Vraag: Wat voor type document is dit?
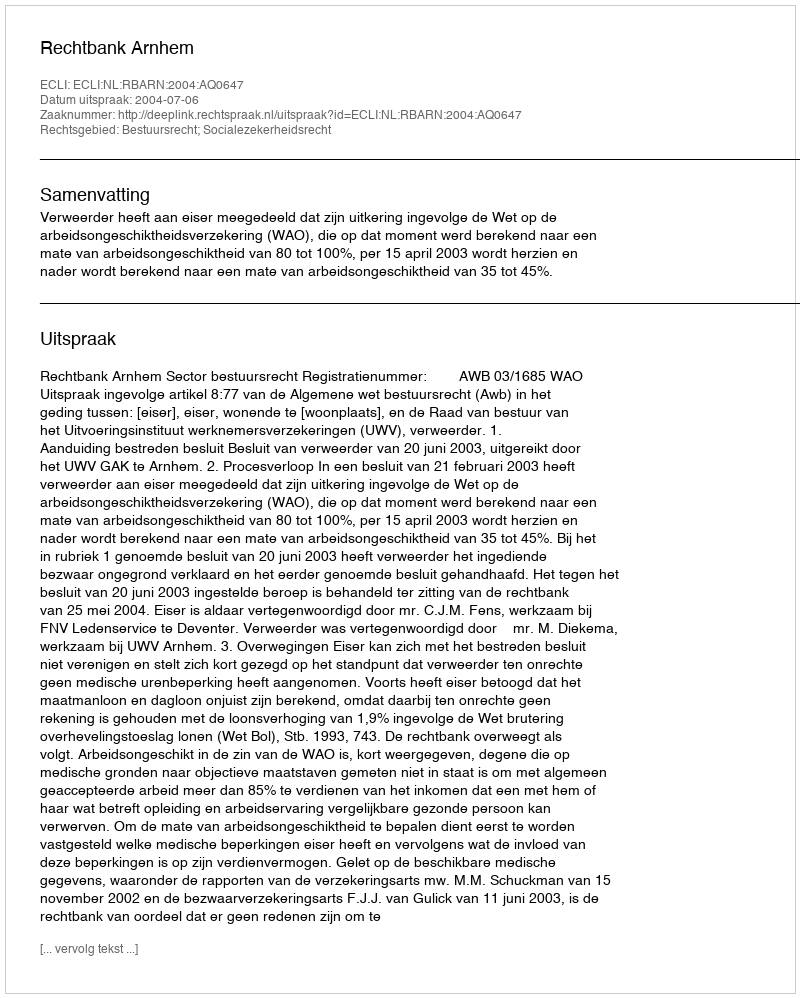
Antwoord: Uitspraak